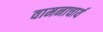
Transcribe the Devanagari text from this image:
वामनाचार्य